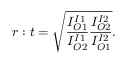
r : t = \sqrt { \frac { I _ { O 1 } ^ { I 1 } } { I _ { O 2 } ^ { I 1 } } \frac { I _ { O 2 } ^ { I 2 } } { I _ { O 1 } ^ { I 2 } } } .